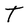
Character: T